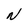
Character: N